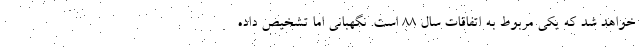
خواهد شد که یکی مربوط به اتفاقات سال 88 است. نگهبانی اما تشخیص داده